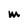
Character: m